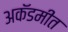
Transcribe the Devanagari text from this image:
अकॅडमीत